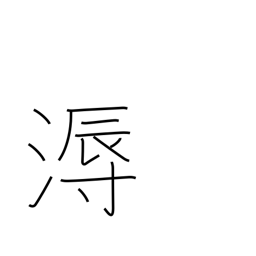
Meaning: humid